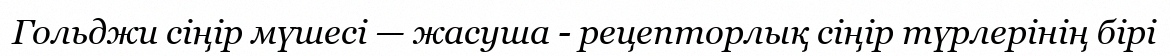
Гольджи сіңір мүшесі — жасуша - рецепторлық сіңір түрлерінің бірі